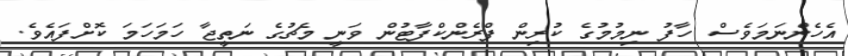
އެހެންނަމަވެސް ހާފު ނިމުމުގެ ކުރިން ފްރެންކްފާޓުން ވަނީ މެޗުގެ ނަތީޖާ ހަމަހަމަ ކޮށްފައެވެ.